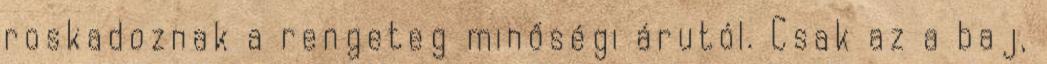
roskadoznak a rengeteg minőségi árutól. Csak az a baj,